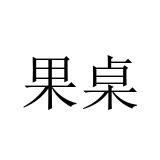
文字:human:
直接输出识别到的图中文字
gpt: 果桌